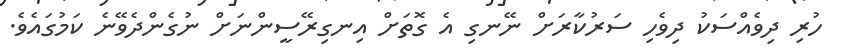
ހުރި ދިވެއްސަކު ދިވެހި ސަރުކާރަށް ނޭނގި އެ ގޮތަށް އިނގިރޭސީންނަށް ނުގެންދެވޭނެ ކަމުގައެވެ.